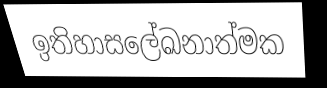
ඉතිහාසලේඛනාත්මක